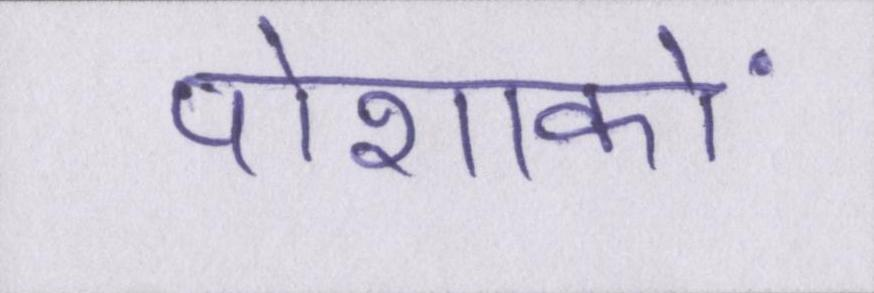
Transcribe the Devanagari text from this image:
पोशाकों